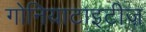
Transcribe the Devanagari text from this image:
गोनियाटाइटीज़